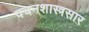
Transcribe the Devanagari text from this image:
वचनशास्त्रसार